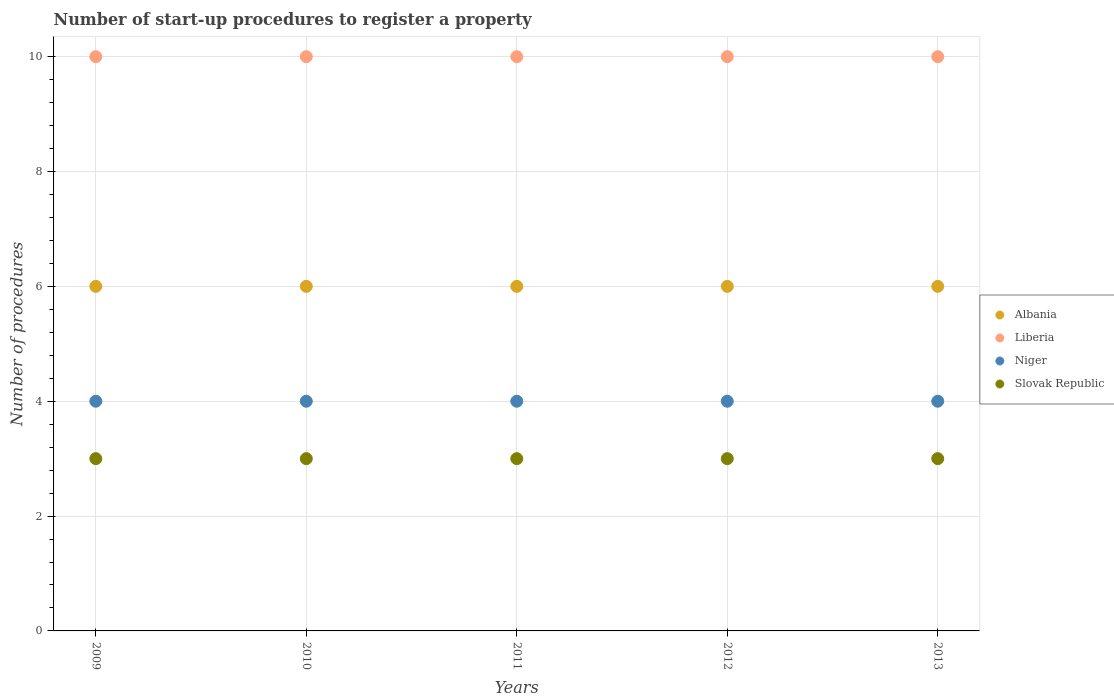
| Years | Albania | Liberia | Niger | Slovak Republic |
 | --- | --- | --- | --- | --- |
 | 2009 | 6 | 10 | 4 | 3 |
 | 2010 | 6 | 10 | 4 | 3 |
 | 2011 | 6 | 10 | 4 | 3 |
 | 2012 | 6 | 10 | 4 | 3 |
 | 2013 | 6 | 10 | 4 | 3 |